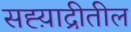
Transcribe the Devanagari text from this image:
सह्य़ाद्रीतील